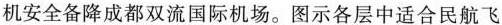
机安全备降成都双流国际机场。图示各层中适合民航飞